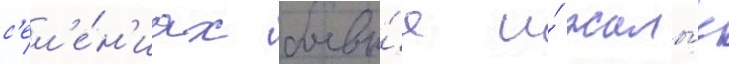
с'ел'е́н'иах боевы́е и́ жилы́е